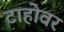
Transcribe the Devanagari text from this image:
टाहोवर